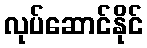
လုပ်ဆောင်နိုင်